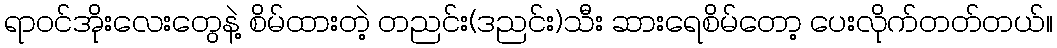
ရာဝင်အိုးလေးတွေနဲ့ စိမ်ထားတဲ့ တညင်း(ဒညင်း)သီး ဆားရေစိမ်တော့ ပေးလိုက်တတ်တယ်။